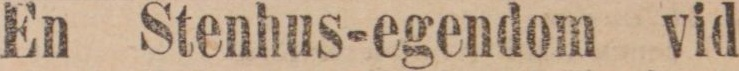
En Stenhus-egendom vid